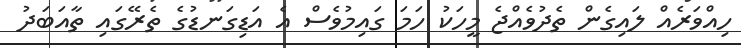
ހިއްވަރެއް ލައިގެން ތެދުވެއްޖެ މީހަކު ހަމަ ގައިމުވެސް އެ އަޑިގަނޑުގެ ތެރޭގައި ތާއަބަދު